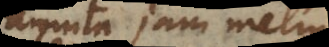
agnita jam melius